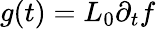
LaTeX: g(t)=L_{0}\partial_{t}f